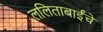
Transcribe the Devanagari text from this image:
ललिताबाईंचे